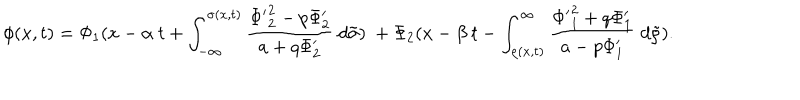
\phi ( x , t ) = \Phi _ { 1 } ( x - \alpha \ t + \int _ { - \infty } ^ { \sigma ( x , t ) } \frac { { \Phi ^ { \prime } } _ { 2 } ^ { 2 } - p \Phi _ { 2 } ^ { \prime } } { a + q \Phi _ { 2 } ^ { \prime } } \ d \tilde { \sigma } ) \ + \Phi _ { 2 } ( x - \beta \ t - \int _ { \rho ( x , t ) } ^ { \infty } \frac { { \Phi ^ { \prime } } _ { 1 } ^ { 2 } + q \Phi _ { 1 } ^ { \prime } } { a - p \Phi _ { 1 } ^ { \prime } } \ d \tilde { \rho } ) .